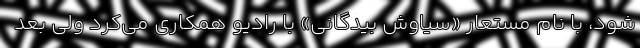
شود، با نام مستعار «سیاوش بیدگانی» با رادیو همکاری می‌کرد ولی بعد